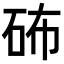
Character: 𥑢